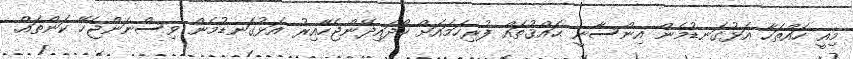
މިއީ ހައްތަހާ އަޅުގަނޑުމެން އިންސާނީ ޙައްޤުތައް ފުރިހަމައަށް ހޯދައިދޭންޖެހޭއިރު އަޅުގަނޑުމެން ވިސްނަންޖެހޭ ކަންތައް.